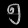
Digit: ၅